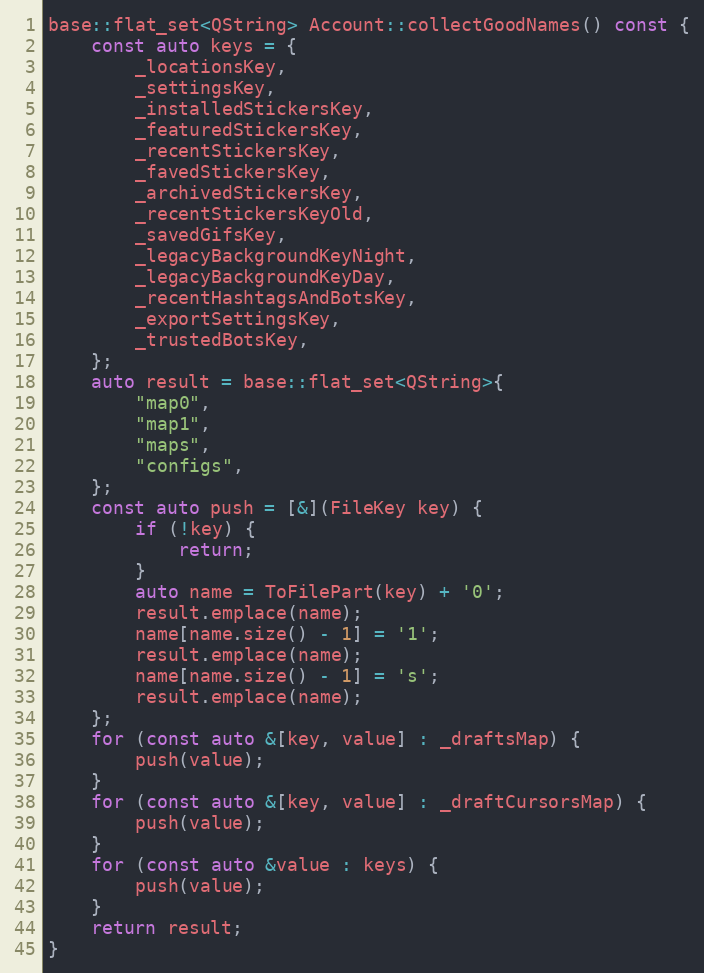
Language: C++
base::flat_set<QString> Account::collectGoodNames() const {
	const auto keys = {
		_locationsKey,
		_settingsKey,
		_installedStickersKey,
		_featuredStickersKey,
		_recentStickersKey,
		_favedStickersKey,
		_archivedStickersKey,
		_recentStickersKeyOld,
		_savedGifsKey,
		_legacyBackgroundKeyNight,
		_legacyBackgroundKeyDay,
		_recentHashtagsAndBotsKey,
		_exportSettingsKey,
		_trustedBotsKey,
	};
	auto result = base::flat_set<QString>{
		"map0",
		"map1",
		"maps",
		"configs",
	};
	const auto push = [&](FileKey key) {
		if (!key) {
			return;
		}
		auto name = ToFilePart(key) + '0';
		result.emplace(name);
		name[name.size() - 1] = '1';
		result.emplace(name);
		name[name.size() - 1] = 's';
		result.emplace(name);
	};
	for (const auto &[key, value] : _draftsMap) {
		push(value);
	}
	for (const auto &[key, value] : _draftCursorsMap) {
		push(value);
	}
	for (const auto &value : keys) {
		push(value);
	}
	return result;
}